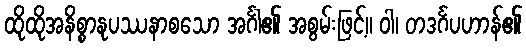
ထိုထိုအနိစ္စာနုပဿနာစသော အင်္ဂါ၏ အစွမ်းဖြင့်။ ဝါ၊ တဒင်္ဂပဟာန်၏